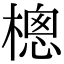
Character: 樬